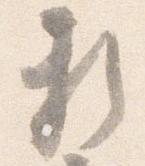
頼